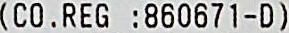
(CO.REG :860671-D)